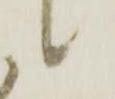
候